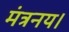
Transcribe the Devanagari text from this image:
मंत्रनय।